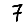
Digit: 7